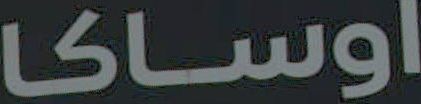
اوساکا